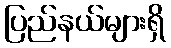
ပြည်နယ်များရှိ